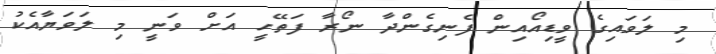
މި ލަވައިގެ ވީޑިއޯއިން ފެނިގެންދާ ނޯރާ ފަތޭހީ އަށް ވަނީ މި ލަވަޔާއެކު